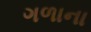
ગળાના